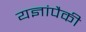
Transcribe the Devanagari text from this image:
यज्ञांपैकी